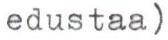
edustaa)